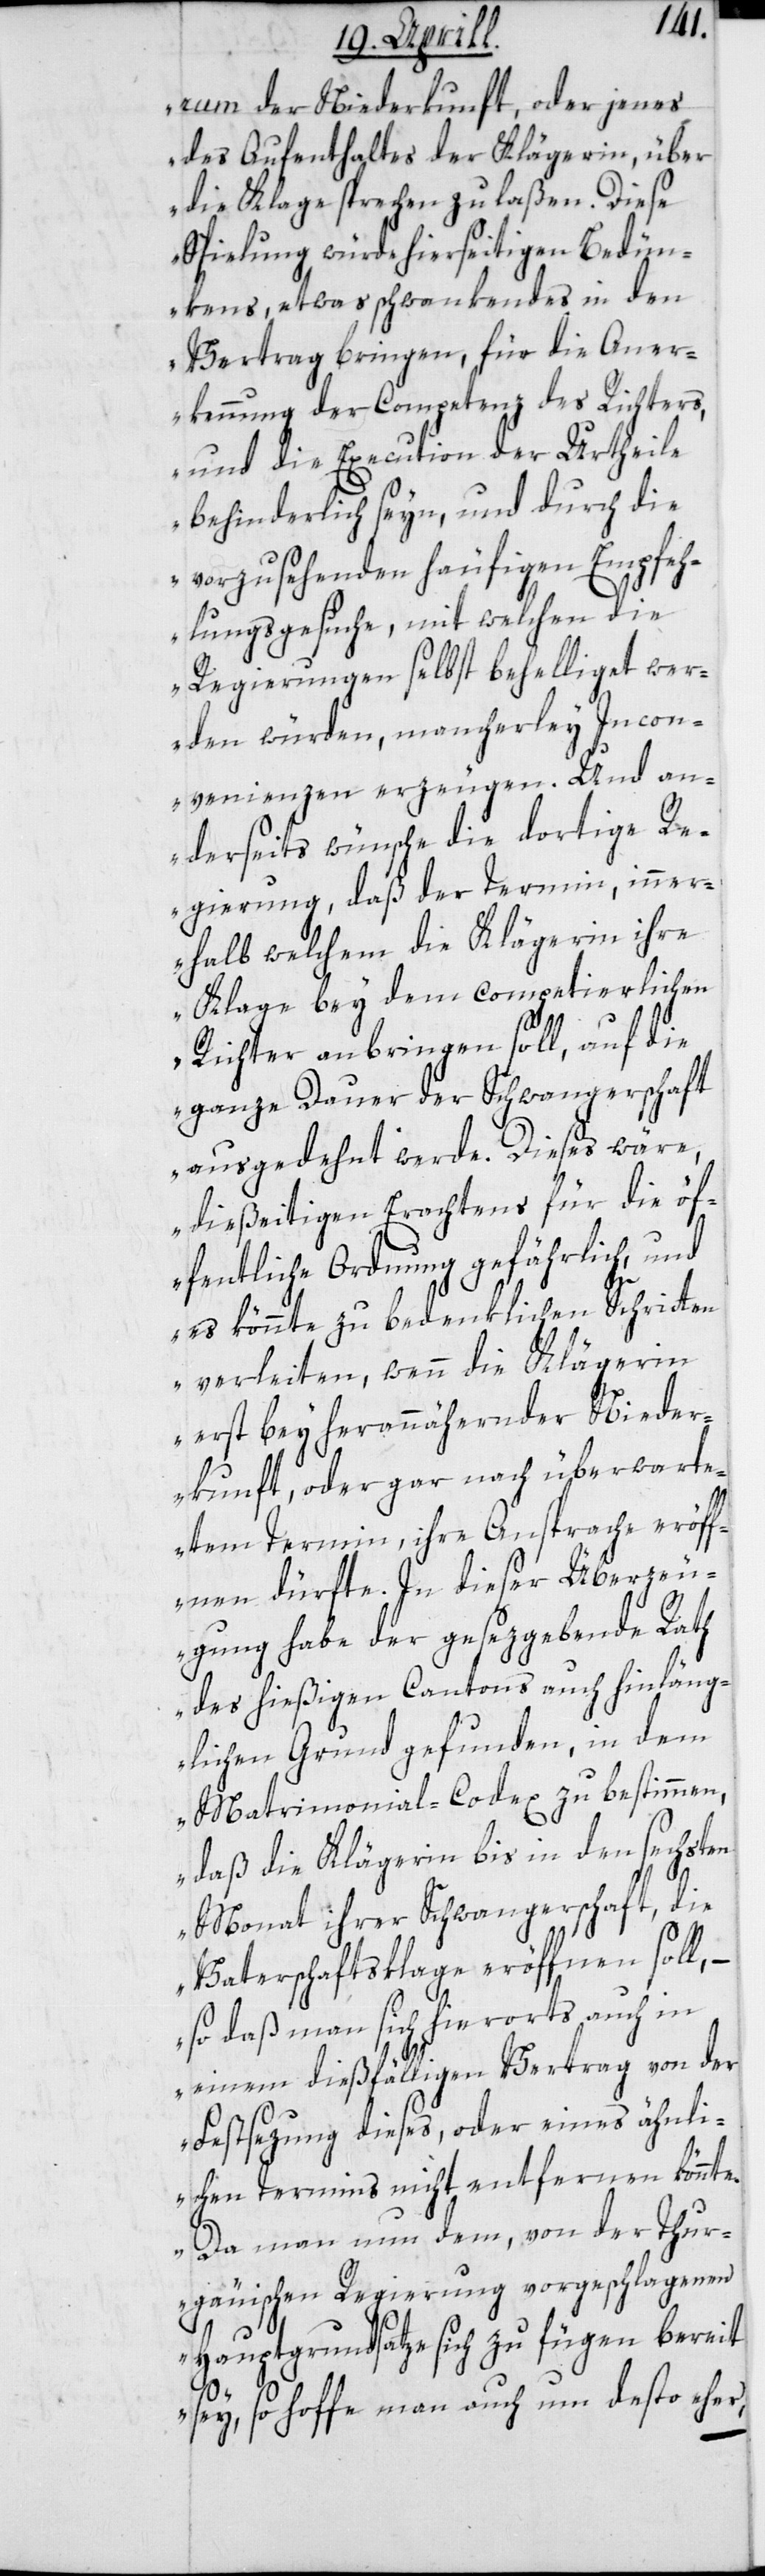
rum der Niederkunft, oder jenes
des Aufenthalts der Klägerin, über
die Klage sprechen zu laßen. Diese
Spielung würde hierseitigen Bedün¬
kens, etwas Schwankendes in den
Vertrag bringen, für die Aner¬
kennung der Competenz des Richters,
und die Execution der Urtheile
behinderlich seyn, und durch die
vorzusehenden häufigen Empfeh¬
lungsgesuche, mit welchen die
Regierungen selbst behelliget wer¬
den würden, mancherley Incon¬
venienzen erzeugen. Und an¬
derseits wünsche die dortige R¬
egierung, daß der Termin, inner¬
halb welchem die Klägerin ihre
Klage bey dem competierlichen
Richter anbringen soll, auf die
ganze Dauer der Schwangerschaft
ausgedehnt werde. Dieses wäre,
dießeitigen Erachtens für die öf¬
fentliche Ordnung gefährlich, und
es könnte zu bedenklichen Schritten
verleiten, wenn die Klägerin
erst bey herannähernder Nieder¬
kunft, oder gar nach überwarte¬
tem Termin ihre Ansprache eröff¬
nen dürfte. In dieser Überzeu¬
gung habe der gesezgebende Rath
des hießigen Cantons auch hinläng¬
lichen Grund gefunden, in dem
Matrimonial-Codex zu bestimmen,
daß die Klägerin bis in den sechsten
Monat ihrer Schwangerschaft, die
Vaterschaftsklage eröffnen soll,
so daß man sich hierorts auch in
einem dießfälligen Vertrag von der
Festsezung dieses oder eines ähnli¬
chen Termins nicht entfernen könnte.
Da man nun dem, von der Thur¬
gäuischen Regierung vorgeschlagenen
Hauptgrundsatze sich zu fügen bereit
sey, so hoffe man auch nun desto eher,